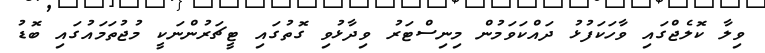
ވިލާ ކޮލެޖްގައި ވާހަކަފުޅު ދައްކަވަމުން މިނިސްޓަރު ވިދާޅުވި ގޮތުގައި ޓީޗަރުންނަކީ މުޖުތަމައުގައި ބޮޑު